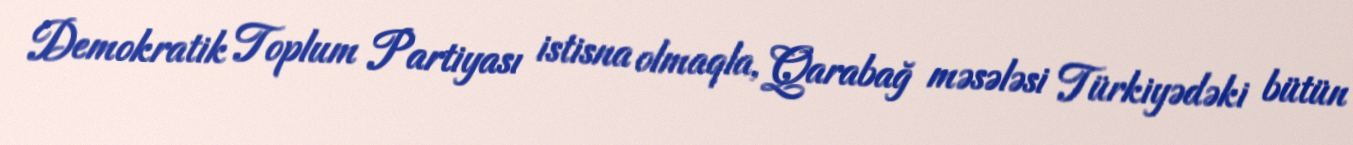
Demokratik Toplum Partiyası istisna olmaqla, Qarabağ məsələsi Türkiyədəki bütün